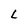
Character: L